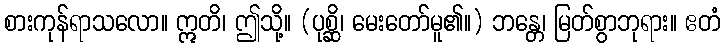
စားကုန်ရာသလော။ ဣတိ၊ ဤသို့။ (ပုစ္ဆိ၊ မေးတော်မူ၏။) ဘန္တေ၊ မြတ်စွာဘုရား။ ဧတံ